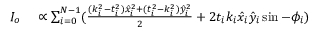
\begin{array} { r l } { I _ { o } } & { { } \propto \sum _ { i = 0 } ^ { N - 1 } ( \frac { ( k _ { i } ^ { 2 } - t _ { i } ^ { 2 } ) \hat { x } _ { i } ^ { 2 } + ( t _ { i } ^ { 2 } - k _ { i } ^ { 2 } ) \hat { y } _ { i } ^ { 2 } } { 2 } + 2 t _ { i } k _ { i } \hat { x } _ { i } \hat { y } _ { i } \sin - \phi _ { i } ) } \end{array}